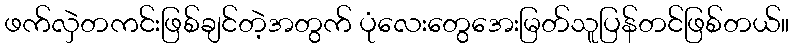
ဖက်လှဲတကင်းဖြစ်ချင်တဲ့အတွက် ပုံလေးတွေအေးမြတ်သူပြန်တင်ဖြစ်တယ်။